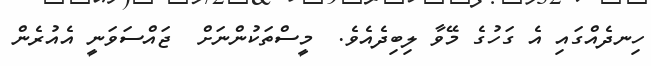
ހިނދެއްގައި އެ ގަހުގެ މޭވާ ލިބިދެއެވެ.  މީސްތަކުންނަށް  ޖައްސަވަނީ އެއުރެން